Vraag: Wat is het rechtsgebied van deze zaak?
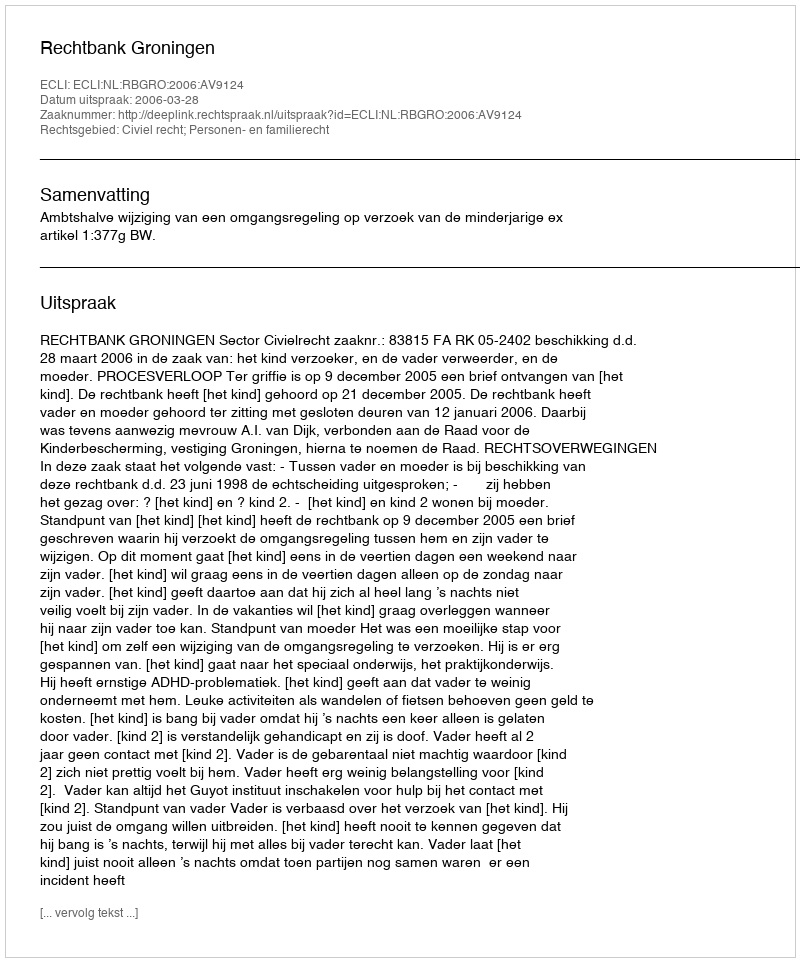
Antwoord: Civiel recht; Personen- en familierecht